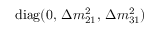
\mathrm { d i a g } ( 0 , \, \Delta { m } _ { 2 1 } ^ { 2 } , \, \Delta { m } _ { 3 1 } ^ { 2 } )